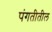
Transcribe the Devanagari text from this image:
पंगतीतील